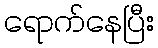
ရောက်နေပြီး